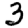
Digit: 3